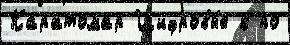
Каратомар Цифровы́е к по